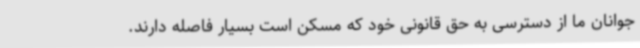
جوانان ما از دسترسی به حق قانونی خود که مسکن است بسیار فاصله دارند.